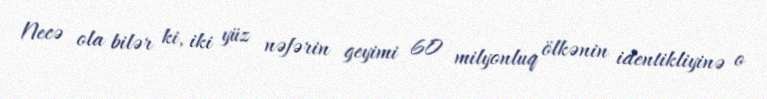
Necə ola bilər ki, iki yüz nəfərin geyimi 60 milyonluq ölkənin identikliyinə o